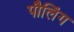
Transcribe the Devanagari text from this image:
पौलिंग